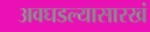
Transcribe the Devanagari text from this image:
अवघडल्यासारखं